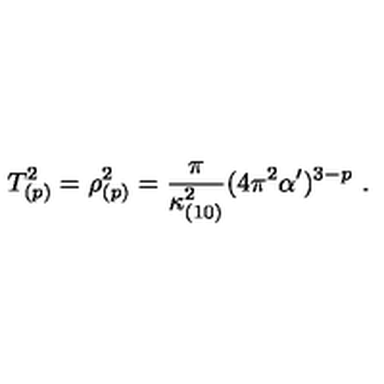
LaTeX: T _ { ( p ) } ^ { 2 } = \rho _ { ( p ) } ^ { 2 } = \frac { \pi } { \kappa _ { ( 1 0 ) } ^ { 2 } } ( 4 \pi ^ { 2 } \alpha ^ { \prime } ) ^ { 3 - p } \ .